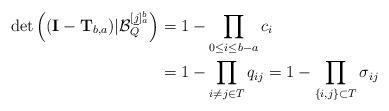
LaTeX: \begin{align*}\det \left( ({\mathbf{I}}-{\mathbf{T}}_{b,a})|{\mathcal{B}}_{Q}^{[\underline{j}]_a^b}\right) &= 1- \prod_{0\le i\le b-a} c_{i}\\ &= 1- \prod_{i\neq j\in T} q_{ij} = 1- \prod_{\{i,j\}\subset T} \sigma_{ij}\end{align*}